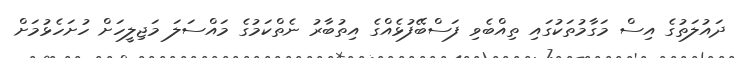
ދައުލަތުގެ އިސް މަގާމުތަކުގައި ތިއްބެވި ފަސްބޭފުޅެއްގެ އިތުބާރު ނެތްކަމުގެ މައްސަލަ މަޖިލީހަށް ހުށަހެޅުމަށް